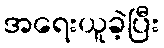
အရေးယူခဲ့ပြီး